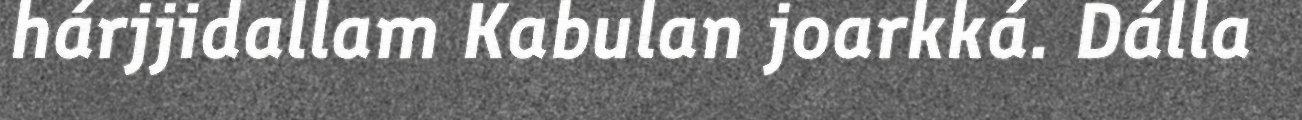
hárjjidallam Kabulan joarkká. Dálla